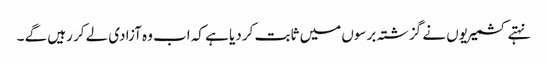
نہتے کشمیریوں نے گزشتہ برسوں میں ثابت کر دیا ہے کہ اب وہ آزادی لے کر رہیں گے ۔